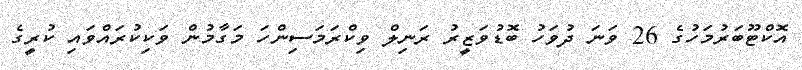
އޮކްޓޫބަރުމަހުގެ 26 ވަނަ ދުވަހު ބޮޑުވަޒީރު ރަނިލް ވިކްރަމަސިންހަ މަގާމުން ވަކިކުރައްވައި ކުރީގެ